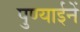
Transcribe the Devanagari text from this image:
पुण्याईनें